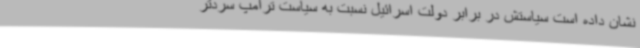
نشان داده است سیاستش در برابر دولت اسرائیل نسبت به سیاست ترامپ سردتر